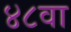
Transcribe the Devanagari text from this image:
४८वा